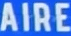
AIRE